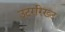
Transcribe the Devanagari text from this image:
उटररिख्ट